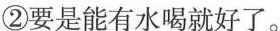
②要是能有水喝就好了。